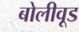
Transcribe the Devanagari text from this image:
बोलीवूड